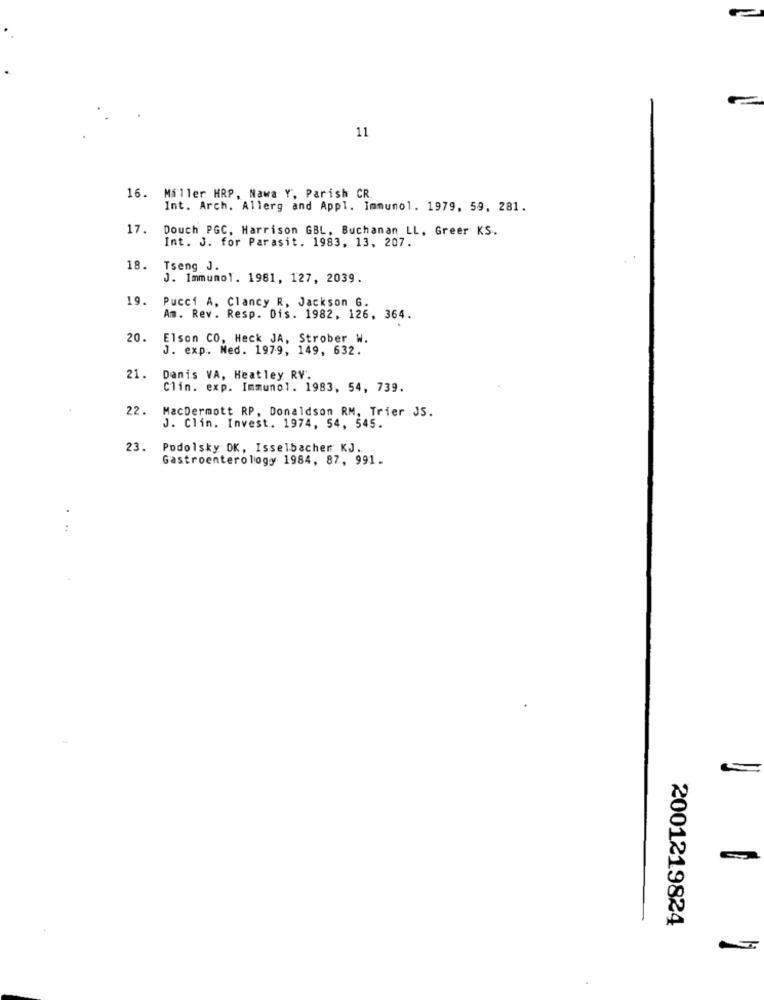
11
16. Miller HRP, Nawa Y, Parish CR.
Int. Arch. Allerg and Appl. Immunol. 1979, 59, 281.
17.
Douch PGC, Harrison GBL, Buchanan LL, Greer KS.
Int. 3. for Parasit. 1983, 13, 207.
18.
Tseng J.
J. Immuno1. 1981, 127, 2039.
19.
Pucci A, Clancy R, Jackson G.
Am. Rev. Resp. Dis. 1982, 126, 364.
20.
Elson CO, Heck JA, Strober W.
J. exp. Med. 1979, 149, 632.
21.
Danis VA, Heatley RV.
Clin. exp. Immunol. 1983, 54, 739.
22.
MacDermott RP, Donaldson RM, Trier JS.
J. Clin. Invest. 1974, 54, 545.
23. Podolsky DK, Isselbacher KJ.
Gastroenterology 1984, 87, 991.
...
2001219824